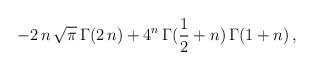
LaTeX: \begin{align*}-2\,n\,{\sqrt{\pi }}\,{\Gamma}(2\,n) + {4^n}\,{\Gamma}({1\over 2} + n)\,{\Gamma}(1 + n)\,,\end{align*}